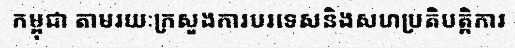
កម្ពុជា តាមរយៈក្រសួងការបរទេសនិងសហប្រតិបត្តិការ